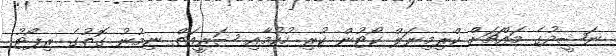
ނަޝީދުގެ މައްޗަށް ކްރިމިނަލް ކޯޓުން ކުރި ހުކުމާއި ޝަރީއަތް ނިމުނު ގޮތުގެ ރިޕޯޓު